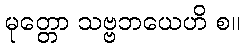
မုတ္တော သဗ္ဗဘယေဟိ စ။